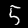
Digit: 5